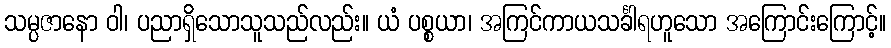
သမ္ပဇာနော ဝါ၊ ပညာရှိသောသူသည်လည်း။ ယံ ပစ္စယာ၊ အကြင်ကာယသင်္ခါရဟူသော အကြောင်းကြောင့်။